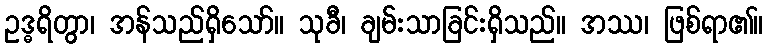
ဥဒ္ဓရိတွာ၊ အန်သည်ရှိသော်။ သုခီ၊ ချမ်းသာခြင်းရှိသည်။ အဿ၊ ဖြစ်ရာ၏။